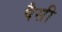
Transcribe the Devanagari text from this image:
पैसी